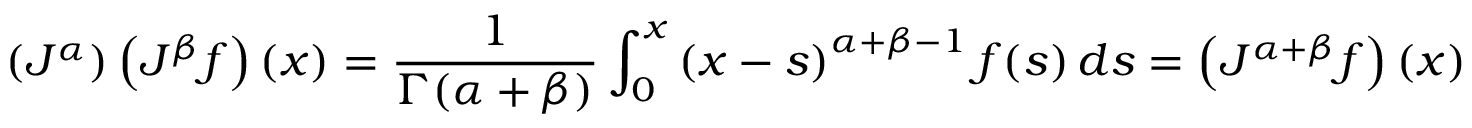
\left( J ^ { \alpha } \right) \left( J ^ { \beta } f \right) ( x ) = { \frac { 1 } { \Gamma ( \alpha + \beta ) } } \int _ { 0 } ^ { x } \left( x - s \right) ^ { \alpha + \beta - 1 } f ( s ) \, d s = \left( J ^ { \alpha + \beta } f \right) ( x )